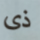
ذى